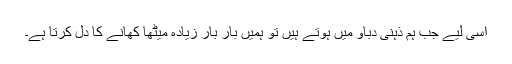
اسی لیے جب ہم ذہنی دباؤ میں ہوتے ہیں تو ہمیں بار بار زیادہ میٹھا کھانے کا دل کرتا ہے۔